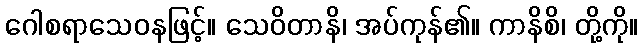
ဂေါစရာသေဝနဖြင့်။ သေဝိတာနိ၊ အပ်ကုန်၏။ ကာနိစိ၊ တို့ကို။